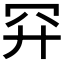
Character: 𮶇